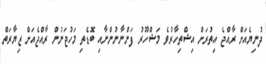
ދުނިޔެއަށް ރާއްޖެ އިތުރަށް އިޝްތިހާރުވެ މަޝްހޫރު ފަންނާނުންނާއި ބޮޑެތި މަހުޖަނުން ރާއްޖެއަށް ޒިޔާރަތް